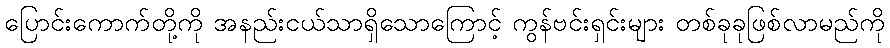
ပြောင်းကောက်တို့ကို အနည်းငယ်သာရှိသောကြောင့် ကွန်ဗင်းရှင်းများ တစ်ခုခုဖြစ်လာမည်ကို